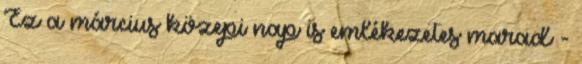
Ez a március közepi nap is emlékezetes marad -